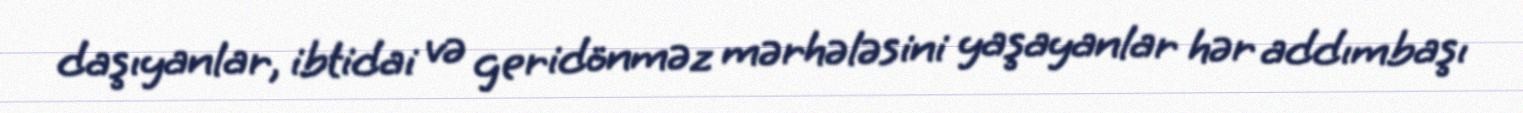
daşıyanlar, ibtidai və geridönməz mərhələsini yaşayanlar hər addımbaşı